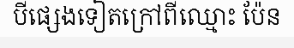
បីផ្សេងទៀតក្រៅពីឈ្មោះ ប៉ែន